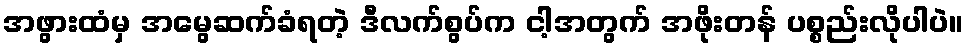
အဖွားထံမှ အမွေဆက်ခံရတဲ့ ဒီလက်စွပ်က ငါ့အတွက် အဖိုးတန် ပစ္စည်းလိုပါပဲ။